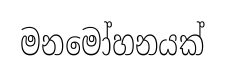
මනමෝහනයක්